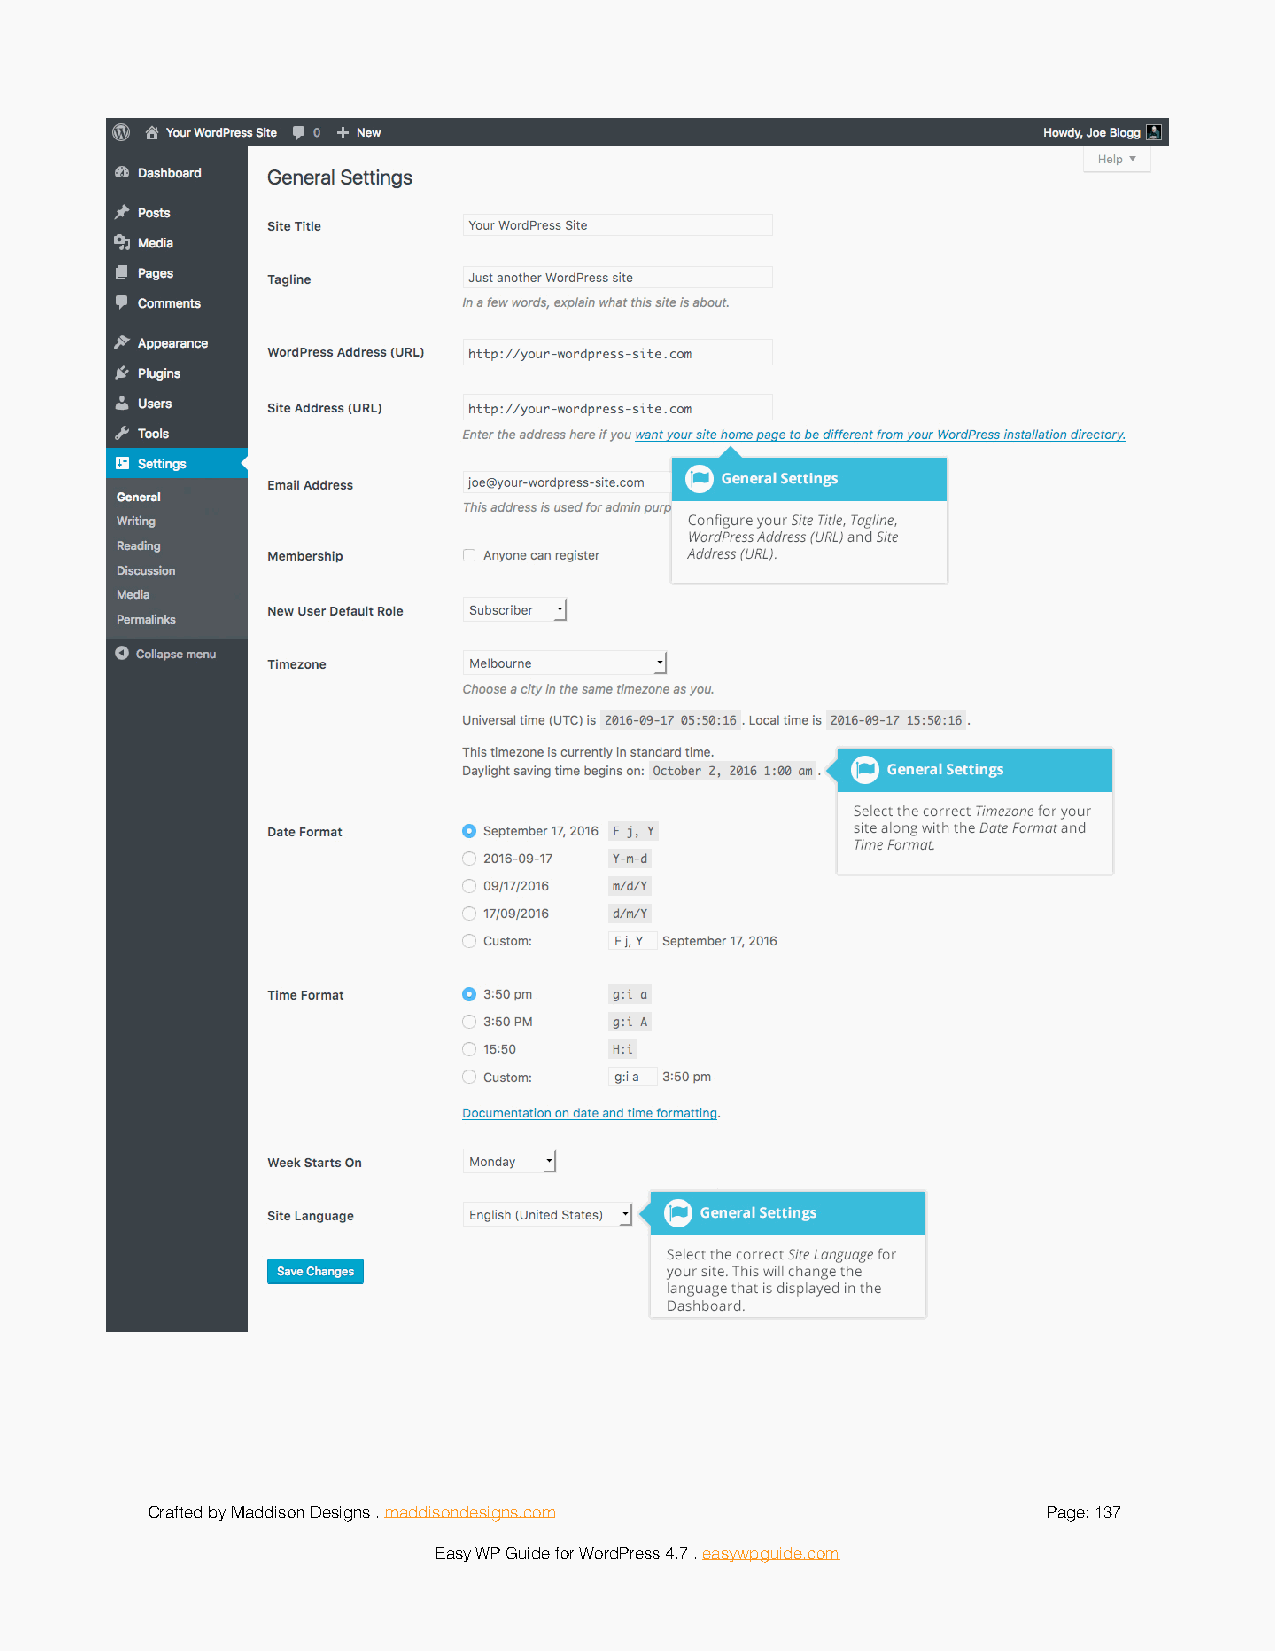
!
 Crafted by Maddison Designs . maddisondesigns.com          Page: 1 37
 Easy WP Guide for WordPress 4.7 . easywpguide.com